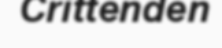
Crittenden